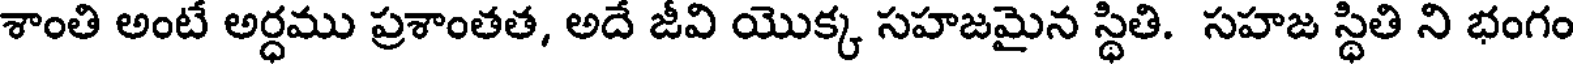
శాంతి అంటే అర్ధము ప్రశాంతత, అదే జీవి యొక్క సహజమైన స్థితి. సహజ స్థితి ని భంగం